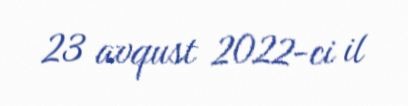
23 avqust 2022-ci il